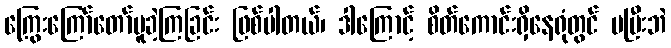
ကြွေးကြော်တော်မူခဲ့ကြခြင်း ဖြစ်ပါတယ်၊ ဒါကြောင့် စိတ်ကောင်းရှိနေရုံတွင် မပြီးဘဲ